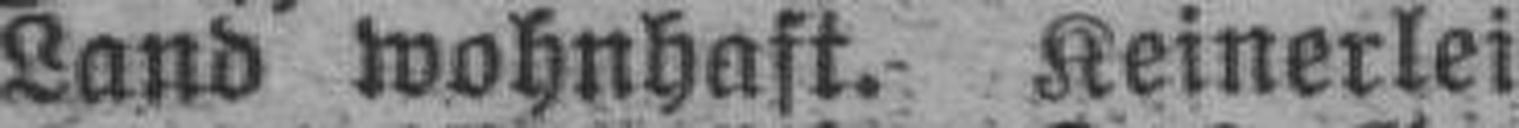
Land wohnhaft. Keinerlei